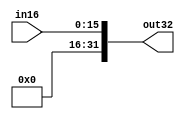
module EXT(
           input [15:0] in16,
           output [31:0] out32
           );
assign out32={16'b0,in16};      
endmodule